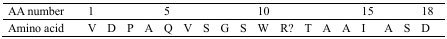
<table><thead><tr><td><b>AA number</b></td><td><b>1</b></td><td></td><td></td><td></td><td><b>5</b></td><td></td><td></td><td></td><td></td><td><b>10</b></td><td></td><td></td><td></td><td></td><td><b>15</b></td><td></td><td></td><td><b>18</b></td></tr></thead><tbody><tr><td>Amino acid</td><td>V</td><td>D</td><td>P</td><td>A</td><td>Q</td><td>V</td><td>S</td><td>G</td><td>S</td><td>W</td><td>R?</td><td>T</td><td>A</td><td>A</td><td>I</td><td>A</td><td>S</td><td>D</td></tr></tbody></table>